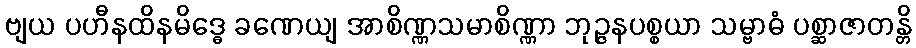
ဗျယ ပဟီနထိနမိဒ္ဓေ ခဏေယျ အာစိဏ္ဏသမာစိဏ္ဏာ ဘုဉ္ဇနပစ္စယာ သမ္ဗာဓံ ပစ္ဆာဇာတန္တိ